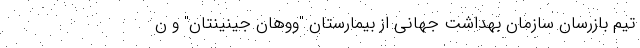
تیم بازرسان سازمان بهداشت جهانی از بیمارستان "ووهان جینینتان" و ن